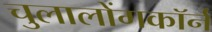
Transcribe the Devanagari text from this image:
चुलालोंगकॉर्न